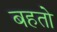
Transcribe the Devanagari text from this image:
बहतो